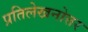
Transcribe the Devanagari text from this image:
प्रतिलेखनोत्तर